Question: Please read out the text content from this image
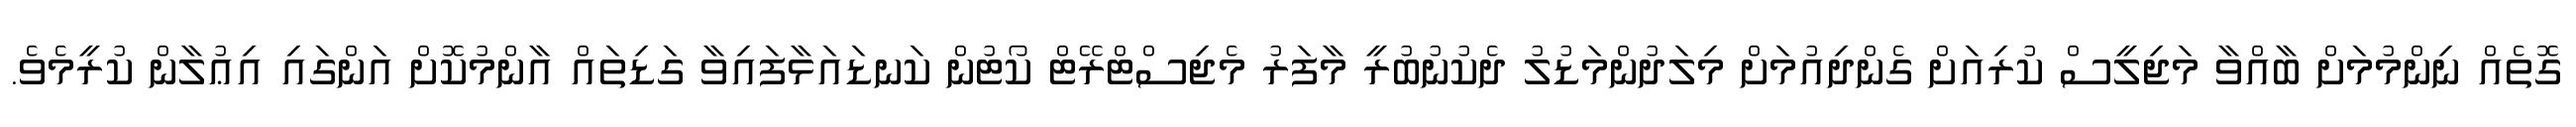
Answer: ގޮތެއް ނިންމުމަށް ބާއްވާ މަޖިލީސް ކުރިއަށް ގެންދިއުމަށް މިލަދުންމަޑުލު ދެކުނުބުރީ މާފަރު މެޖިސްޓްރޭޓް ކޯޓުން ކަނޑައަޅާފައިވާ ގަޑިތައް އާންމުކޮށް އަންގައި އިޢުލާން ކުރީމެވެ.